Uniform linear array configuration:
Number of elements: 4
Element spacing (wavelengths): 0.75
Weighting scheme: kaiser
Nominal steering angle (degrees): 30
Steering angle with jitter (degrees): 28.224
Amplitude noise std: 0.05
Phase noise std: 0.05

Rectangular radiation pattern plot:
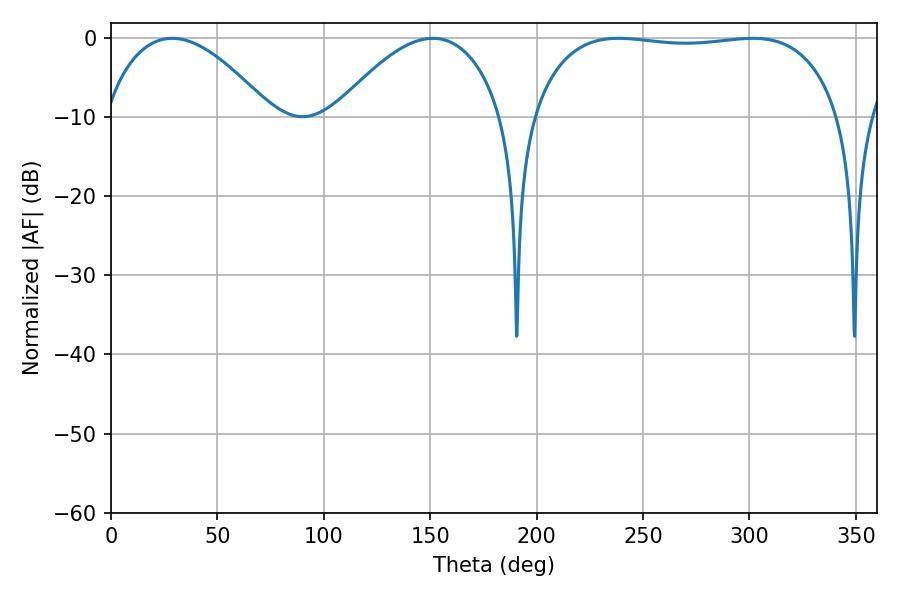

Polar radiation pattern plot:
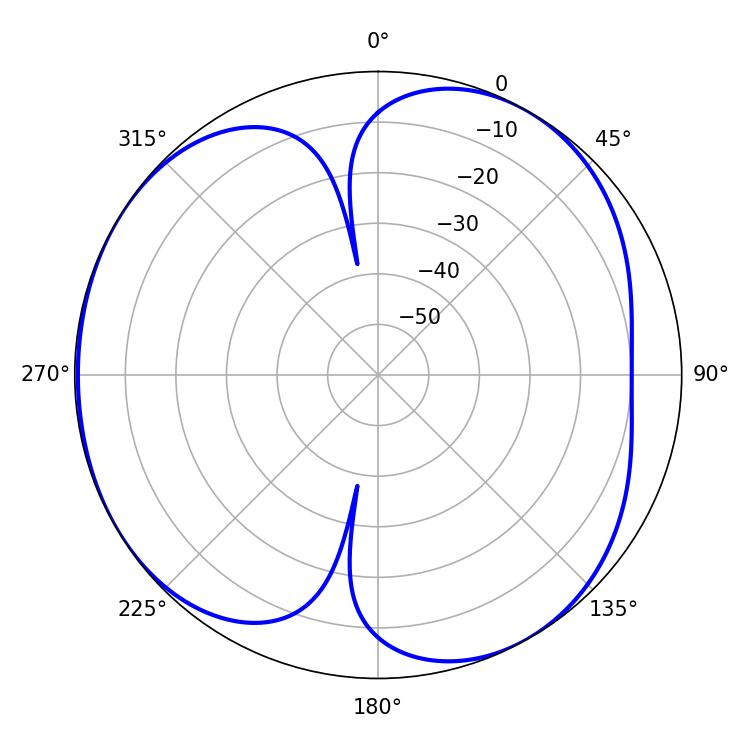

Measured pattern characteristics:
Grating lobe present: TRUE
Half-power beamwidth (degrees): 43.38
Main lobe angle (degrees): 28.8